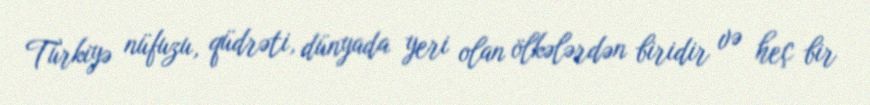
Türkiyə nüfuzu, qüdrəti, dünyada yeri olan ölkələrdən biridir və heç bir